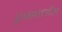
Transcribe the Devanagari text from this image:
एनाफ्लीज़